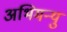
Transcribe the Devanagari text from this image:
अभिमन्‍यु